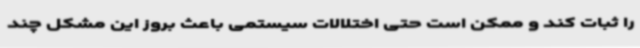
را ثبات کند و ممکن است حتی اختلالات سیستمی باعث بروز این مشکل چند